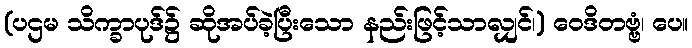
(ပဌမ သိက္ခာပုဒ်၌ ဆိုအပ်ခဲ့ပြီးသော နည်းဖြင့်သာလျှင်၊) ဝေဒိတဗ္ဗံ၊ ပေ။